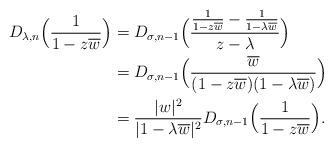
LaTeX: \begin{align*}D_{\lambda,n}\Big(\frac{1}{1-z\overline{w}}\Big)&=D_{\sigma,n-1}\Big(\frac{\frac{1}{1-z\overline{w}}-\frac{1}{1-\lambda\overline{w}}}{z-\lambda}\Big)\\&=D_{\sigma,n-1}\Big(\frac{\overline{w}}{(1-z\overline{w})(1-\lambda\overline{w})}\Big)\\&=\frac{|w|^2}{|1-\lambda\overline{w}|^2}D_{\sigma,n-1}\Big(\frac{1}{1-z\overline{w}}\Big).\end{align*}